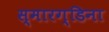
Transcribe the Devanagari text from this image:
स्मारग्डिना